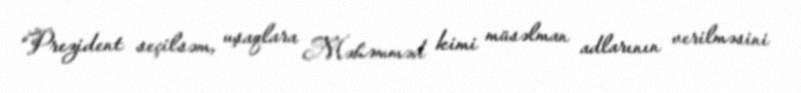
“Prezident seçilsəm, uşaqlara Məhəmməd kimi müsəlman adlarının verilməsini